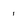
Character: 1